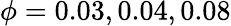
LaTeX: \phi=0.03,0.04,0.08